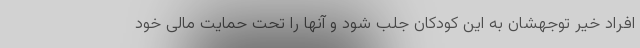
افراد خیر توجهشان به این کودکان جلب شود و آنها را تحت حمایت مالی خود